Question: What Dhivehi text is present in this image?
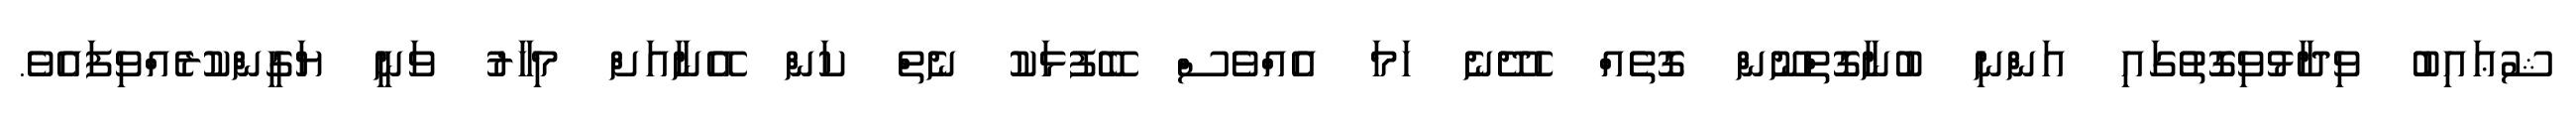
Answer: ޝުޢައިބު ވިދާޅުވިގޮތުގައި އަންނި ބުނާގޮތްނޫން ގޮތެއް ހެދޭނެ ހަމަ އެއްވެސް ބޭފުޅަކު ނެތް ކަން އޭނާއަށް މިހާރު ވަނީ ޔަގީންކުރެއްވިފައެވެ.